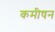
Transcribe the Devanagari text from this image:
कमीषन